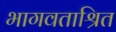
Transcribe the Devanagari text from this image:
भागवताश्रित